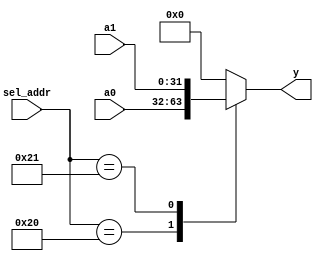
module io_input_mux(a0,a1,sel_addr,y);
	input [31:0] a0,a1;
	input [5:0] sel_addr;
	
	output [31:0]  y;
	
	reg [31:0] y;
	
	always @ *
		case (sel_addr)
			6'b100000: y = a0;//80h
			6'b100001: y = a1;//84h
		/*	6'b100100: y = a2;//90h*/
// more ports 
			default: y = 32'h0;
		endcase
endmodule